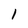
Character: 1